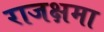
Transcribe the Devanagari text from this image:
राजक्षमा